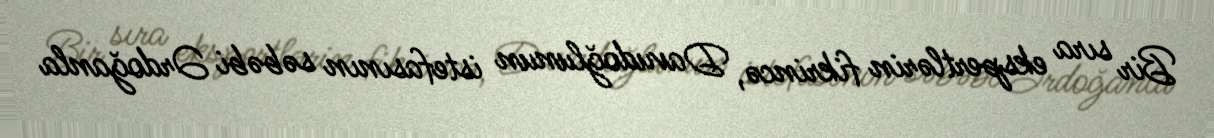
Bir sıra ekspertlərin fikrincə, Davudoğlunun istefasının səbəbi Ərdoğanla